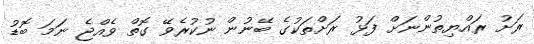
ރަށު ރައްޔިތުންނަށް ފަޅު ރަށްތަކުގެ ބޭނުން ނުކުރެވޭ ގޮތް ވެއްޖެ ނަމަ ބޮޑު